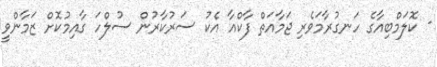
- ކޮލަމްބިއާގެ ހަނގުރާމަވެރި ޖަމާއަތް ފާކްއާ އެކު ސަރުކާރުން ސުލްހަ ގާއިމުކޮށް ޒަމާންވީ